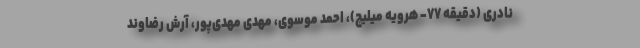
نادری (دقیقه ۷۷- هرویه میلیچ)، احمد موسوی، مهدی مهدی‌پور، آرش رضاوند